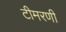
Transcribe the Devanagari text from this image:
टीमरणी